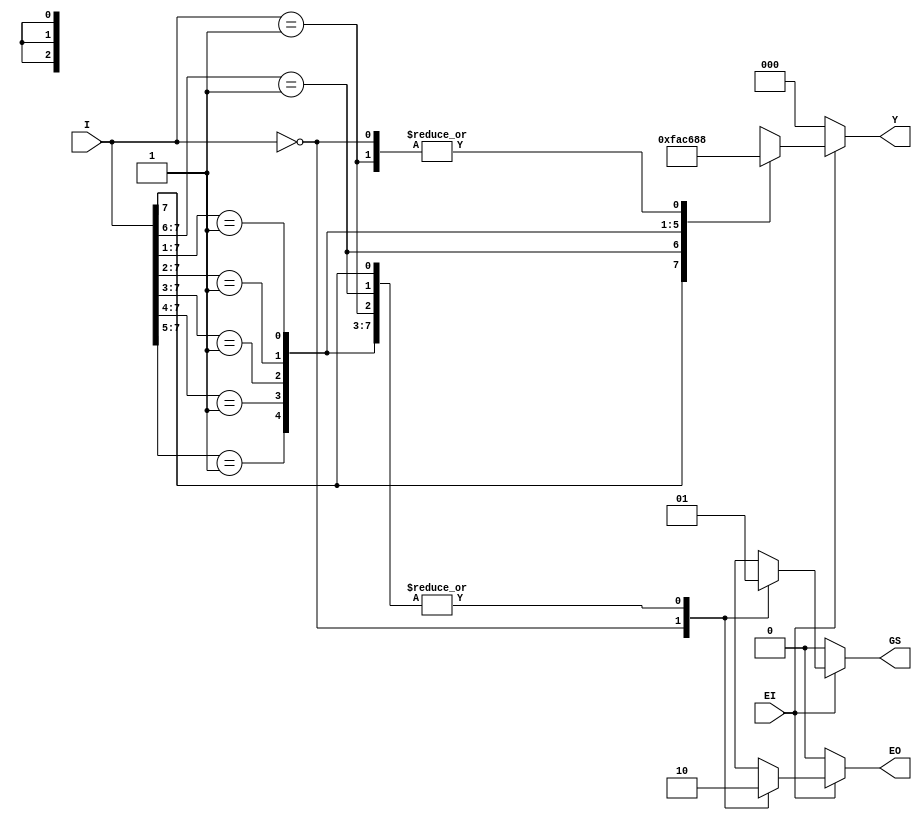
//P164_8-3_CD4532
module encoder8_3(EI, I, Y, GS, EO);	
	input EI;				//
	input[7:0] I;			//
	output reg[2:0] Y;	//3
	output reg GS, EO;	//GSEO
	
	always@(*)
	begin
		if(EI == 0)	//0
			begin
			Y <= 3'b000;
			GS <= 0;
			EO <= 0;
			end
		else 
			casex(I)	//.casex
				8'b0000_0000 : begin Y<=3'b000; EO<=1; GS<=0;end
				8'b1xxx_xxxx : begin Y<=3'b111; EO<=0; GS<=1;end
				8'b01xx_xxxx : begin Y<=3'b110; EO<=0; GS<=1;end
				8'b001x_xxxx : begin Y<=3'b101; EO<=0; GS<=1;end
				8'b0001_xxxx : begin Y<=3'b100; EO<=0; GS<=1;end
				8'b0000_1xxx : begin Y<=3'b011; EO<=0; GS<=1;end
				8'b0000_01xx : begin Y<=3'b010; EO<=0; GS<=1;end
				8'b0000_001x : begin Y<=3'b001; EO<=0; GS<=1;end
				8'b0000_0001 : begin Y<=3'b000; EO<=0; GS<=1;end
			endcase
	end	
endmodule